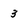
Character: 3